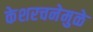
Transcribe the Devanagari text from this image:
केशरचनेमुळे